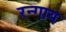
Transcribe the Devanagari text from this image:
रन्गाय